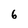
Character: 6